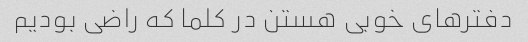
دفترهای خوبی هستن در کلما که راضی بودیم